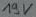
Text: 19V